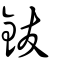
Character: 鈸